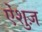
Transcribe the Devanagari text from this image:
ऐंशुज़